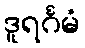
ဒူရင်္ဂမံ